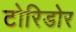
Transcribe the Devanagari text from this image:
टोरिडोर